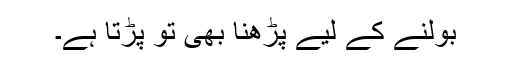
بولنے کے لیے پڑھنا بھی تو پڑتا ہے۔